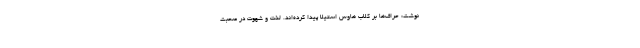
نوشت: حرّاف‌ها بر کلاب هاوس استیلا پیدا کرده‌اند. لذت و شهوت در صحبت